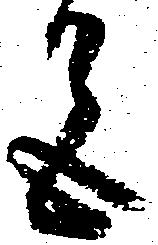
色